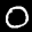
Label: 0